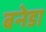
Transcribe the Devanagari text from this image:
बनेडा